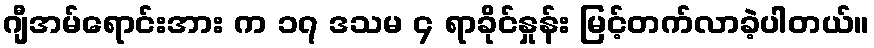
ဂျီအမ်ရောင်းအား က ၁၇ ဒသမ ၄ ရာခိုင်နှုန်း မြင့်တက်လာခဲ့ပါတယ်။